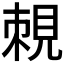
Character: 𧠵